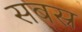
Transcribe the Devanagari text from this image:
सबस्र